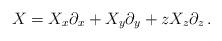
LaTeX: \begin{align*}X=X_x\partial_x+X_y\partial_y+zX_z\partial_z\,.\end{align*}